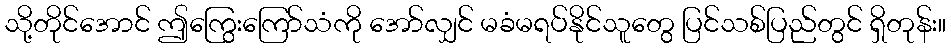
သို့တိုင်အောင် ဤကြွေးကြော်သံကို အော်လျှင် မခံမရပ်နိုင်သူတွေ ပြင်သစ်ပြည်တွင် ရှိတုန်း။